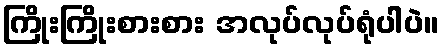
ကြိုးကြိုးစားစား အလုပ်လုပ်ရုံပါပဲ။